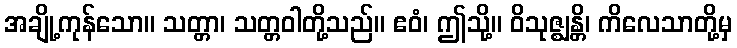
အချို့ကုန်သော။ သတ္တာ၊ သတ္တဝါတို့သည်။ ဧဝံ၊ ဤသို့။ ဝိသုဇ္ဈန္တိ၊ ကိလေသာတို့မှ